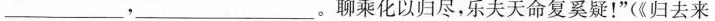
__,___。聊乘化以归尽，乐夫天命复奚疑！”(《归去来